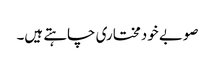
صوبے خودمختاری چاہتے ہیں۔